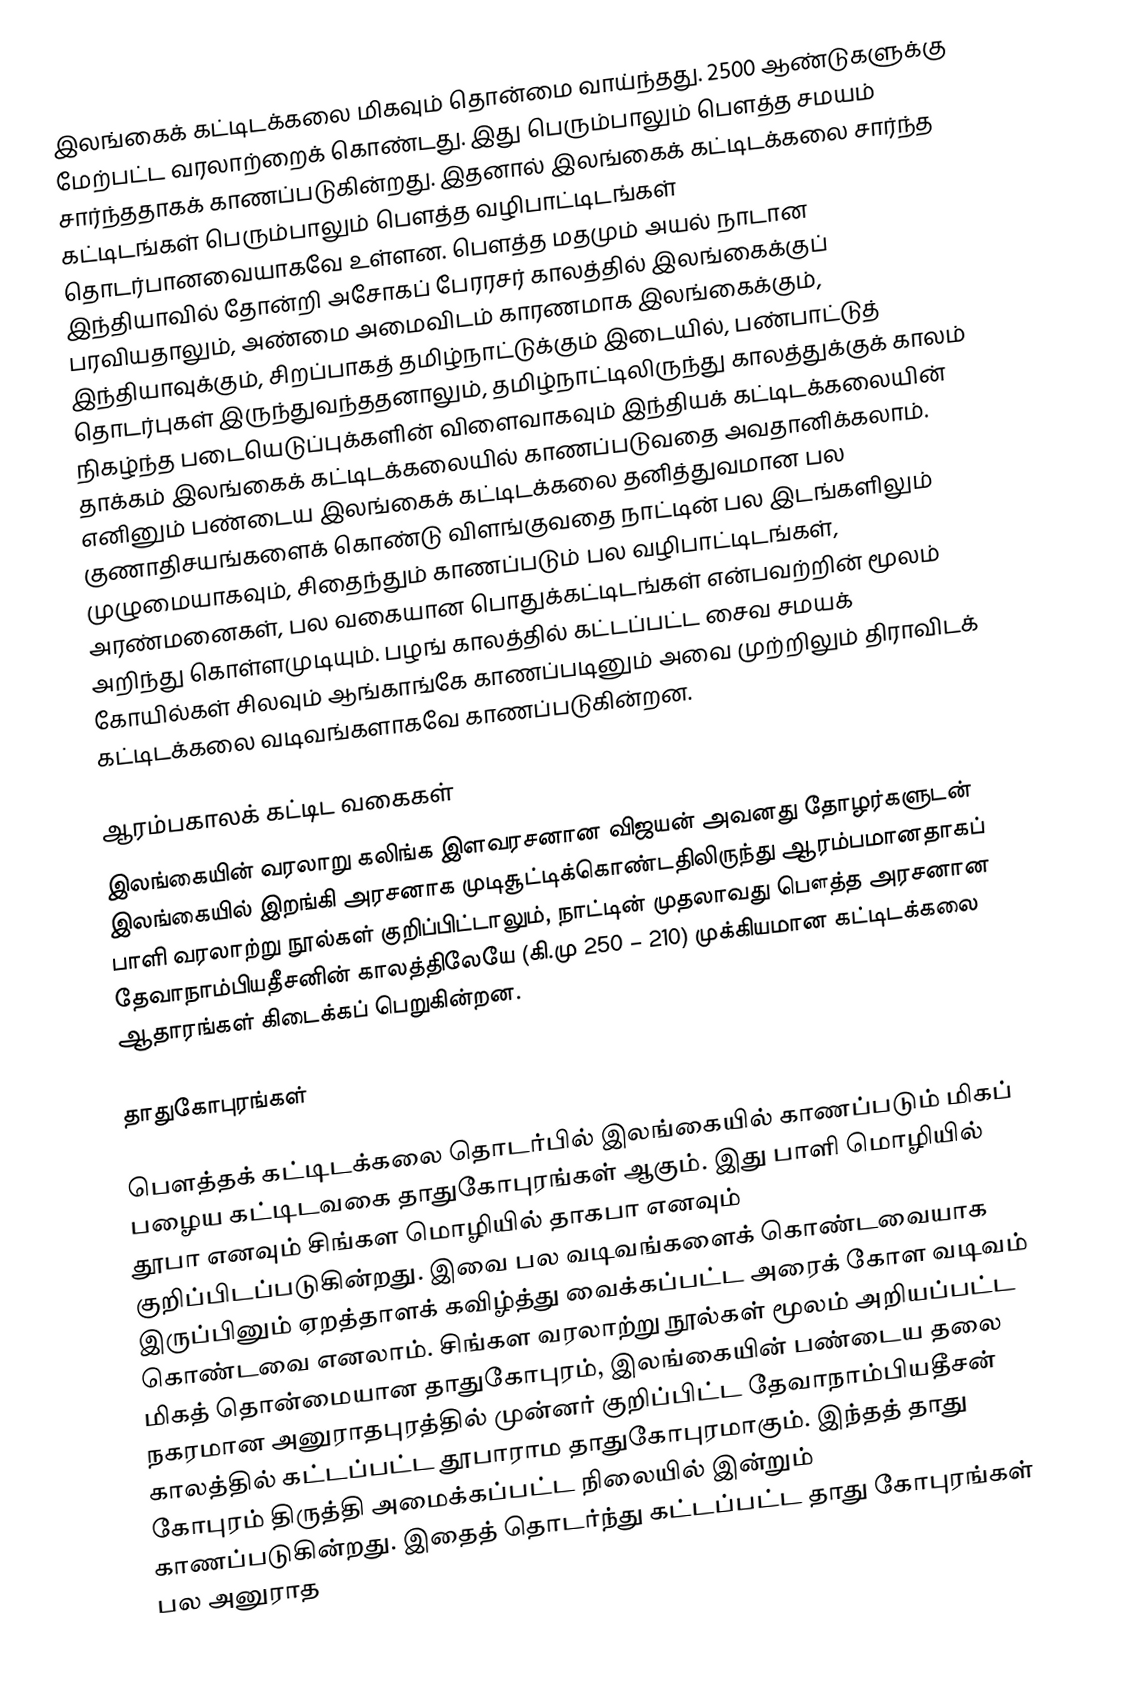
இலங்கைக் கட்டிடக்கலை மிகவும் தொன்மை வாய்ந்தது. 2500 ஆண்டுகளுக்கு மேற்பட்ட வரலாற்றைக் கொண்டது. இது பெரும்பாலும் பௌத்த சமயம் சார்ந்ததாகக் காணப்படுகின்றது. இதனால் இலங்கைக் கட்டிடக்கலை சார்ந்த கட்டிடங்கள் பெரும்பாலும் பௌத்த வழிபாட்டிடங்கள் தொடர்பானவையாகவே உள்ளன. பௌத்த மதமும் அயல் நாடான இந்தியாவில் தோன்றி அசோகப் பேரரசர் காலத்தில் இலங்கைக்குப் பரவியதாலும், அண்மை அமைவிடம் காரணமாக இலங்கைக்கும், இந்தியாவுக்கும், சிறப்பாகத் தமிழ்நாட்டுக்கும் இடையில், பண்பாட்டுத் தொடர்புகள் இருந்துவந்ததனாலும், தமிழ்நாட்டிலிருந்து காலத்துக்குக் காலம் நிகழ்ந்த படையெடுப்புக்களின் விளைவாகவும் இந்தியக் கட்டிடக்கலையின் தாக்கம் இலங்கைக் கட்டிடக்கலையில் காணப்படுவதை அவதானிக்கலாம். எனினும் பண்டைய இலங்கைக் கட்டிடக்கலை தனித்துவமான பல குணாதிசயங்களைக் கொண்டு விளங்குவதை நாட்டின் பல இடங்களிலும் முழுமையாகவும், சிதைந்தும் காணப்படும் பல வழிபாட்டிடங்கள், அரண்மனைகள், பல வகையான பொதுக்கட்டிடங்கள் என்பவற்றின் மூலம் அறிந்து கொள்ளமுடியும்.  பழங் காலத்தில் கட்டப்பட்ட சைவ சமயக் கோயில்கள் சிலவும் ஆங்காங்கே காணப்படினும் அவை முற்றிலும் திராவிடக் கட்டிடக்கலை வடிவங்களாகவே காணப்படுகின்றன.

ஆரம்பகாலக் கட்டிட வகைகள்
இலங்கையின் வரலாறு கலிங்க இளவரசனான விஜயன் அவனது தோழர்களுடன் இலங்கையில் இறங்கி அரசனாக முடிசூட்டிக்கொண்டதிலிருந்து ஆரம்பமானதாகப் பாளி வரலாற்று நூல்கள் குறிப்பிட்டாலும், நாட்டின் முதலாவது பௌத்த அரசனான தேவாநாம்பியதீசனின் காலத்திலேயே (கி.மு 250 – 210) முக்கியமான கட்டிடக்கலை ஆதாரங்கள் கிடைக்கப் பெறுகின்றன.

தாதுகோபுரங்கள்

பௌத்தக் கட்டிடக்கலை தொடர்பில் இலங்கையில் காணப்படும் மிகப் பழைய கட்டிடவகை தாதுகோபுரங்கள் ஆகும். இது பாளி மொழியில் தூபா எனவும் சிங்கள மொழியில் தாகபா எனவும் குறிப்பிடப்படுகின்றது. இவை பல வடிவங்களைக் கொண்டவையாக இருப்பினும் ஏறத்தாளக் கவிழ்த்து வைக்கப்பட்ட அரைக் கோள வடிவம் கொண்டவை எனலாம். சிங்கள வரலாற்று நூல்கள் மூலம் அறியப்பட்ட மிகத் தொன்மையான தாதுகோபுரம், இலங்கையின் பண்டைய தலை நகரமான அனுராதபுரத்தில் முன்னர் குறிப்பிட்ட தேவாநாம்பியதீசன் காலத்தில் கட்டப்பட்ட தூபாராம தாதுகோபுரமாகும். இந்தத் தாது கோபுரம் திருத்தி அமைக்கப்பட்ட நிலையில் இன்றும் காணப்படுகின்றது. இதைத் தொடர்ந்து கட்டப்பட்ட தாது கோபுரங்கள் பல அனுராத